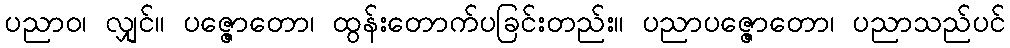
ပညာဝ၊ လျှင်။ ပဇ္ဇောတော၊ ထွန်းတောက်ပခြင်းတည်း။ ပညာပဇ္ဇောတော၊ ပညာသည်ပင်